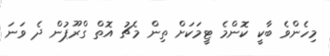
މިހެންވެ ބާކީ ކޮންމެ ޓީމަކަށް ތިން މެޗު އޮތް ގްރޫޕުން ދެ ވަނަ